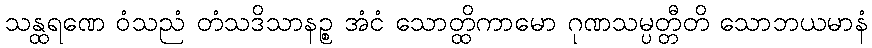
သန္ထရဏေ ဝံသညံ တံသဒိသာနဉ္စ အံငံ သောတ္ထိကာမော ဂုဏသမ္ပတ္တီတိ သောဘယမာနံ